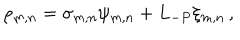
\rho _ { m , n } = \sigma _ { m , n } \psi _ { m , n } + L _ { - P } \xi _ { m , n } \, ,